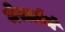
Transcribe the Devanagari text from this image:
मेसार्डर्म